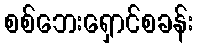
စစ်ဘေးရှောင်စခန်း